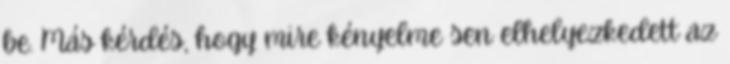
be. Más kérdés, hogy mire kényelme­ sen elhelyezkedett az